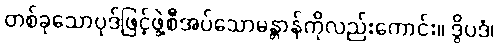
တစ်ခုသောပုဒ်ဖြင့်ဖွဲ့စီအပ်သောမန္တာန်ကိုလည်းကောင်း။ ဒွိပဒံ၊